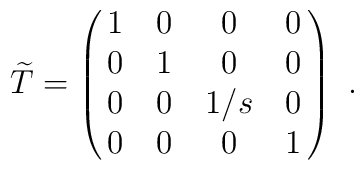
\widetilde{T}=\left(\matrix{ 1        & 0         & 0      & 0           \cr                      0        & 1         & 0      & 0           \cr                      0        & 0         & 1/s    & 0           \cr                      0        & 0         & 0      & 1     }    \right)\ .